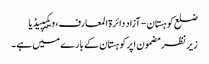
ضلع کوہستان - آزاد دائرۃ المعارف، ویکیپیڈیا
زیر نظر مضمون اپرکوہستان کے بارے میں ہے۔